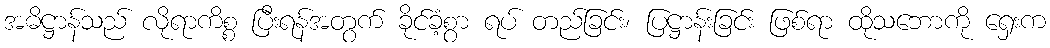
အဓိဋ္ဌာန်သည် လိုရာကိစ္စ ပြီးရန်အတွက် ခိုင်ခံ့စွာ ရပ် တည်ခြင်း၊ ပြဋ္ဌာန်းခြင်း ဖြစ်ရာ ထိုသဘောကို ရှေးက